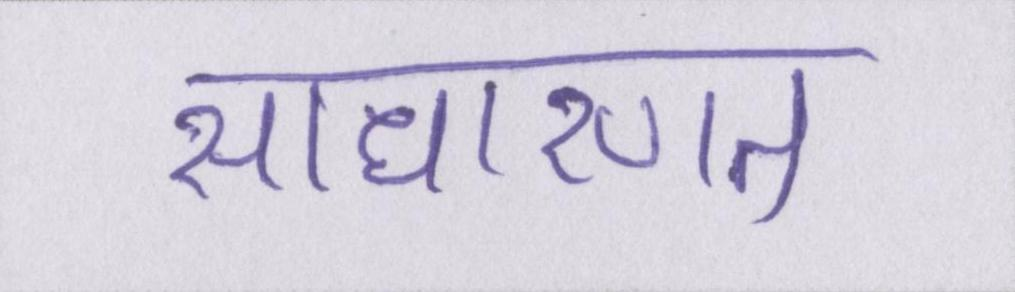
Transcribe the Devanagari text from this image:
साधारणत